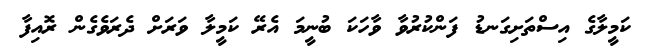
ކަމީލާގެ އިސްތަށިގަނޑު ފަންކުރުވާ ވާހަކަ ބުނީމަ އެރޭ ކަމީލާ ވަރަށް ދެރަވެގެން ރޮއިފާ